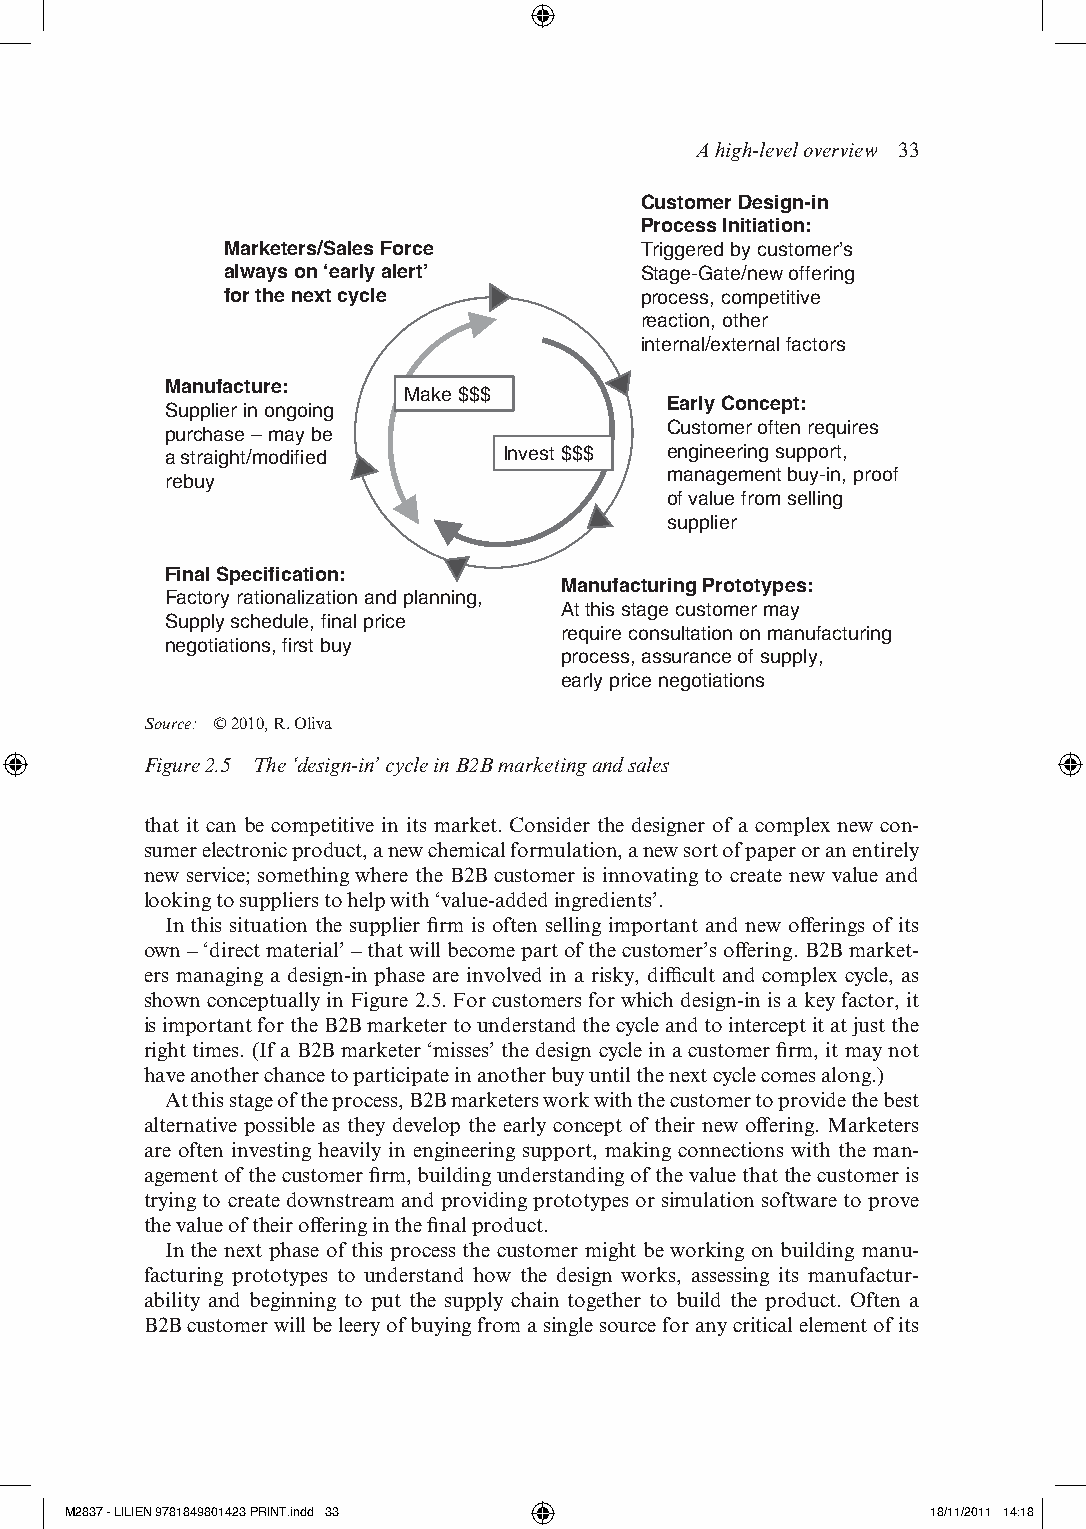
A high- level overview 33
 Customer Design-in
 Process Initiation:
 Marketers/Sales Force      Triggered by customer’s
 always on ‘early alert’    Stage-Gate/new offering
 for the next cycle         process, competitive
 reaction, other
 internal/external factors
 Manufacture:
 Make $$$
 Early Concept:
 Supplier in ongoing
 Customer often requires
 purchase – may be
 a straight/modified   Invest $$$ engineering support,
 management buy-in, proof
 rebuy
 of value from selling
 supplier
 Final Specification:
 Manufacturing Prototypes:
 Factory rationalization and planning,
 At this stage customer may
 Supply schedule, final price
 require consultation on manufacturing
 negotiations, first buy
 process, assurance of supply,
 early price negotiations
 Source: © 2010, r. oliva
 Figure 2.5 The ‘design-in’ cycle in B2B marketing and sales
 that it can be competitive in its market. Consider the designer of a complex new con-
 sumer electronic product, a new chemical formulation, a new sort of paper or an entirely
 new service; something where the b2b customer is innovating to create new value and
 looking to suppliers to help with ‘value- added ingredients’.
 in this situation the supplier firm is often selling important and new offerings of its
 own – ‘direct material’ – that will become part of the customer’s offering. b2b market-
 ers managing a design- in phase are involved in a risky, difficult and complex cycle, as
 shown conceptually in Figure 2.5. For customers for which design-i n is a key factor, it
 is important for the b2b marketer to understand the cycle and to intercept it at just the
 right times. (if a b2b marketer ‘misses’ the design cycle in a customer firm, it may not
 have another chance to participate in another buy until the next cycle comes along.)
 at this stage of the process, b2b marketers work with the customer to provide the best
 alternative possible as they develop the early concept of their new offering. Marketers
 are often investing heavily in engineering support, making connections with the man-
 agement of the customer firm, building understanding of the value that the customer is
 trying to create downstream and providing prototypes or simulation software to prove
 the value of their offering in the final product.
 in the next phase of this process the customer might be working on building manu-
 facturing prototypes to understand how the design works, assessing its manufactur-
 ability and beginning to put the supply chain together to build the product. often a
 b2b customer will be leery of buying from a single source for any critical element of its
 M2837 - LILIEN 9781849801423 PRINT.indd 33                18/11/2011 14:18